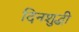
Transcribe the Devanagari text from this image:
दिनशुद्धी